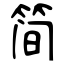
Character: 简